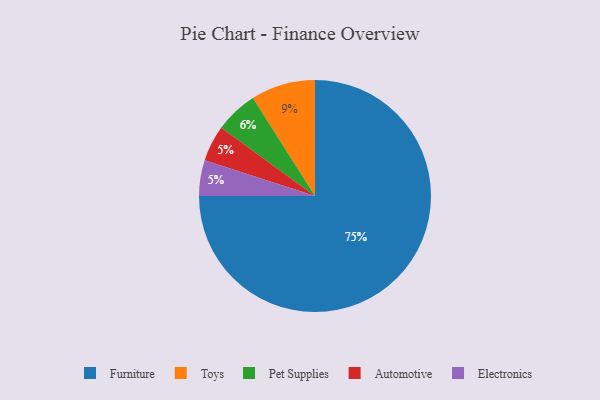
{"axis": {"x": "Category", "y": "Percentage"}, "legend": ["Automotive", "Electronics", "Furniture", "Pet Supplies", "Toys"], "data": [{"x": "Automotive", "y": 5, "type": "Automotive"}, {"x": "Electronics", "y": 5, "type": "Electronics"}, {"x": "Pet Supplies", "y": 6, "type": "Pet Supplies"}, {"x": "Toys", "y": 9, "type": "Toys"}, {"x": "Furniture", "y": 75, "type": "Furniture"}]}